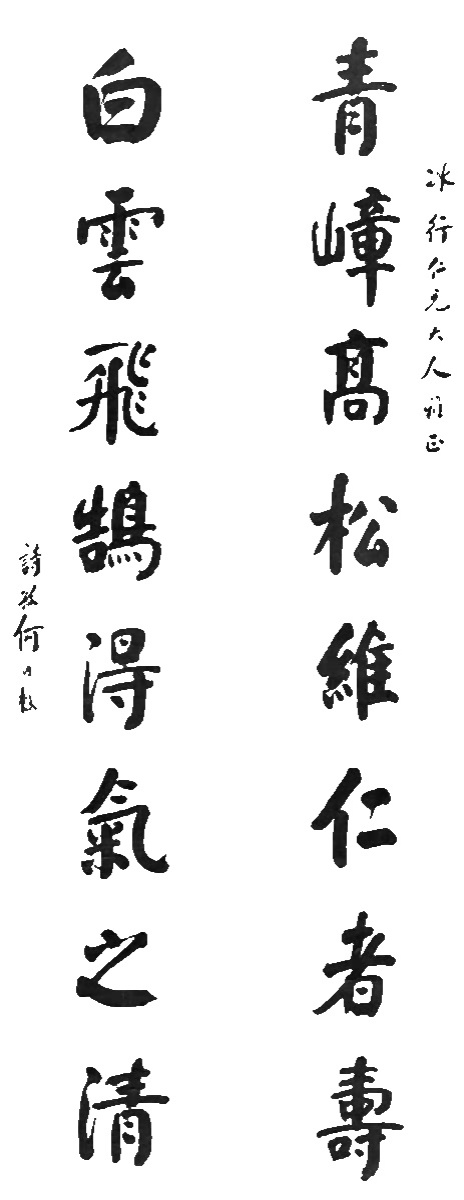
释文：青嶂高松维仁者寿，白云飞鹄得气之清。冰行仁兄大人雅正，诗孙何维朴。